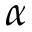
\alpha